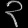
Digit: ၃